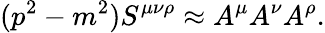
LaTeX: (p^{2}-m^{2})S^{\mu\nu\rho}\approx A^{\mu}A^{\nu}A^{\rho}.